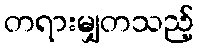
တရားမျှတသည့်